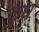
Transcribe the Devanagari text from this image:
कुध